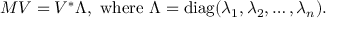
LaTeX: M V = V ^ { * } \Lambda , \mathrm { \ w h e r e \ } \Lambda = \mathrm { d i a g } ( \lambda _ { 1 } , \lambda _ { 2 } , \dots , \lambda _ { n } ) .